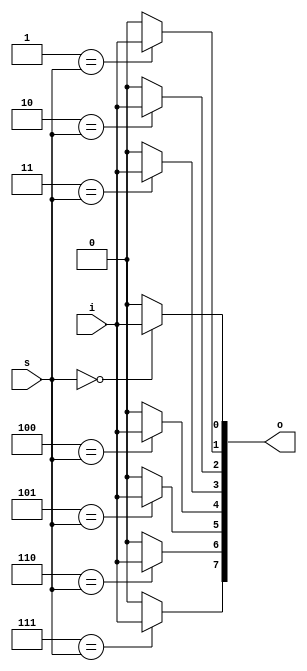
//       i, Num  o,   ,     s
//   s  (  )     o,      i
//      
//
//        o[s] = i  o[k] = 0  k != j
//
//  LogNum -    s;   LogNum     0  2**LogNum - 1 -     o
`timescale 1ns/1ns
module bitdemux
  #(parameter LogNum = 3)
  ( input i,
    input [LogNum - 1:0] s,
    output reg [2**LogNum-1:0] o
  );
  parameter Num = 2**LogNum;
  
  always @(i, s)
  begin : switch_block
    integer k;
    for(k = 0; k < Num; k = k + 1)
      o[k] = (k == s) ? i : 0;
  end
endmodule